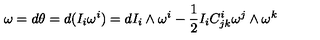
\omega = d \theta = d ( I _ { i } \omega ^ { i } ) = d I _ { i } \wedge \omega ^ { i } - \frac { 1 } { 2 } I _ { i } C _ { j k } ^ { i } \omega ^ { j } \wedge \omega ^ { k }